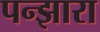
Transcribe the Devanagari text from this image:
पन्झारा